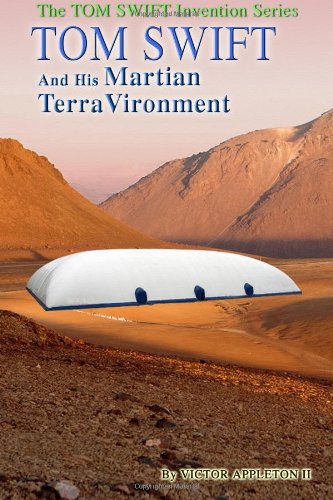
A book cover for Tom Swift and His Martian TerraVironment (Tom Swift Invention Series) (Volume 9); Victor Appleton II; Science Fiction & Fantasy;